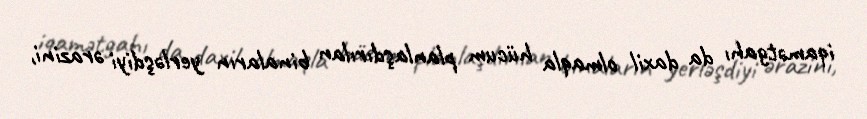
iqamətgahı da daxil olmaqla hücum planlaşdırılan binaların yerləşdiyi ərazini,